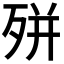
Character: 𭮎